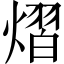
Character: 熠